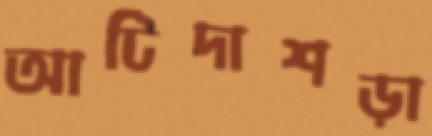
আটিদাশড়া